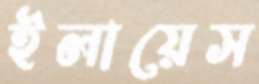
ইলায়েস